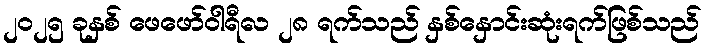
၂၀၂၅ ခုနှစ် ဖေဖော်ဝါရီလ ၂၈ ရက်သည် နှစ်နှောင်းဆုံးရက်ဖြစ်သည်